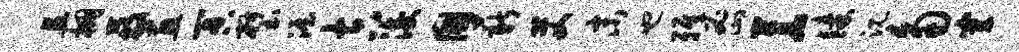
且棚蔽画冥璧渥吉浚国薪艾末也雅密苍臻沉角穿